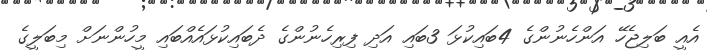
އެއީ ބަލިޖެހޭ އަންހެނުންގެ 4ބައިކުޅަ 3ބައި އަދި ފިރިހެނުންގެ ދެބައިކުޅައެއްބައި މީހުންނަށް މިބަލީގެ